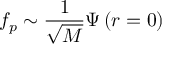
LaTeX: f _ { p } \sim \frac 1 { \sqrt { M } } \Psi \left( r = 0 \right)